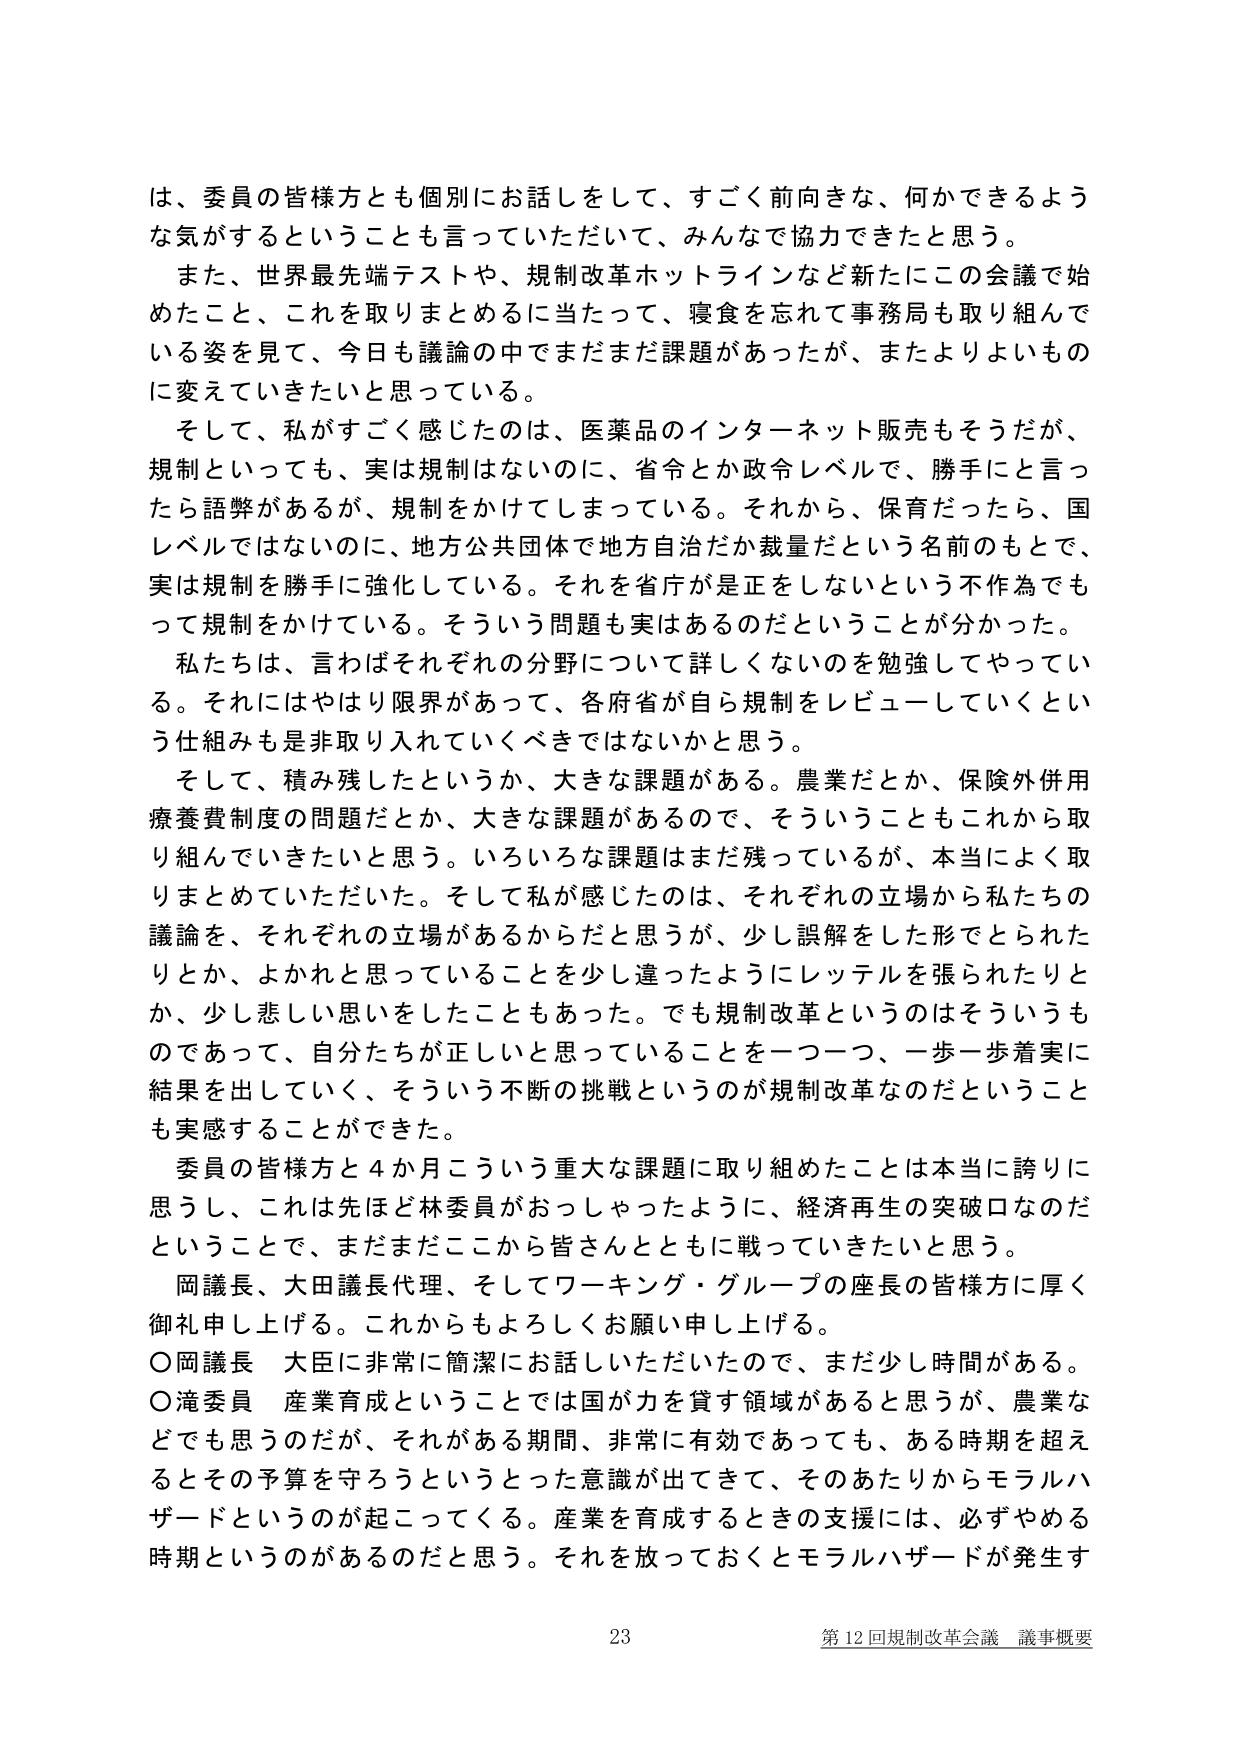
は、委員の皆様方とも個別にお話しをして、すごく前向きな、何かできるような気がするということも言っていただいて、みんなで協力できたと思う。

また、世界最先端テストや、規制改革ホットラインなど新たにこの会議で始めたこと、これを取りまとめるに当たって、寝食を忘れて事務局も取り組んでいる姿を見て、今日も議論の中でまだまだ課題があったが、またよりよいものに変えていきたいと思っている。

そして、私がすごく感じたのは、医薬品のインターネット販売もそうだが、規制といっても、実は規制はないのに、省令とか政令レベルで、勝手にと言ったら語弊があるが、規制をかけてしまっている。それから、保育だったら、国レベルではないのに、地方公共団体で地方自治だか裁量だという名前のもとで、実は規制を勝手に強化している。それを省庁が是正をしないという不作為でもって規制をかけている。そういう問題も実はあるのだということが分かった。

私たちは、言わばそれぞれの分野について詳しくないのを勉強してやっている。それにはやはり限界があって、各府省が自ら規制をレビューしていくという仕組みも是非取り入れていくべきではないかと思う。

そして、積み残したというか、大きな課題がある。農業だとか、保険外併用療養費制度の問題だとか、大きな課題があるので、そういうこともこれから取り組んでいきたいと思う。いろいろな課題はまだ残っているが、本当によく取りまとめていただいた。そして私が感じたのは、それぞれの立場から私たちの議論を、それぞれの立場があるからだと思うが、少し誤解をした形でとられたりとか、よかれと思っていることを少し違ったようにレッテルを張られたりとか、少し悲しい思いをしたこともあった。でも規制改革というのはそういうものであって、自分たちが正しいと思っていることを一つ一つ、一歩一歩着実に結果を出していく、そういう不断の挑戦というのが規制改革なのだということを実感することができた。

委員の皆様方と４か月こういう重大な課題に取り組めたことは本当に誇りに思うし、これは先ほど林委員がおっしゃったように、経済再生の突破口のだということで、まだまだここから皆さんとともに戦っていきたいと思う。

岡議長、大田議長代理、そしてワーキング・グループの座長の皆様方に厚く御礼申し上げる。これからもよろしくお願い申し上げる。

○岡議長　大臣に非常に簡潔にお話しいただいたので、まだ少し時間がある。

○滝委員　産業育成ということでは国が力を貸す領域があると思うが、農業などでも思うのだが、それがある期間、非常に有効であっても、ある時期を超えるとその予算を守ろうというった意識が出てきて、そのあたりからモラルハザードというのが起こってくる。産業を育成するときの支援には、必ずやめる時期というのがあるのだと思う。それを放っておくとモラルハザードが発生す

23 第12回規制改革会議 議事概要